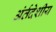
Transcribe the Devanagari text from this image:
अंर्तदेशीय